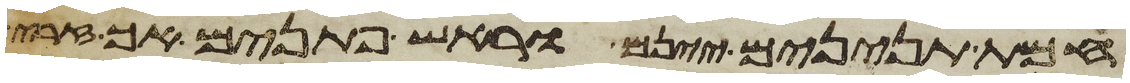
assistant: חמת תנינים יינם וראש פתנים אך זרי